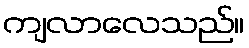
ကျလာလေသည်။